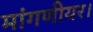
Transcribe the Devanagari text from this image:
मांगणीयर।